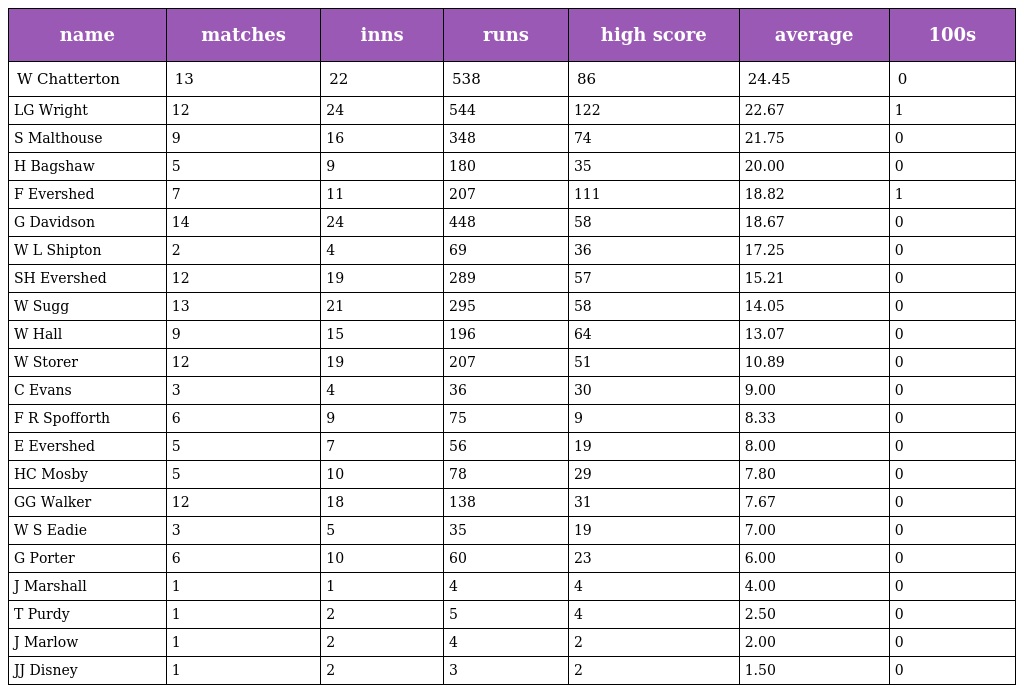
| name | matches | inns | runs | high score | average | 100s |
 | --- | --- | --- | --- | --- | --- | --- |
 | W Chatterton | 13 | 22 | 538 | 86 | 24.45 | 0 |
 | LG Wright | 12 | 24 | 544 | 122 | 22.67 | 1 |
 | S Malthouse | 9 | 16 | 348 | 74 | 21.75 | 0 |
 | H Bagshaw | 5 | 9 | 180 | 35 | 20.00 | 0 |
 | F Evershed | 7 | 11 | 207 | 111 | 18.82 | 1 |
 | G Davidson | 14 | 24 | 448 | 58 | 18.67 | 0 |
 | W L Shipton | 2 | 4 | 69 | 36 | 17.25 | 0 |
 | SH Evershed | 12 | 19 | 289 | 57 | 15.21 | 0 |
 | W Sugg | 13 | 21 | 295 | 58 | 14.05 | 0 |
 | W Hall | 9 | 15 | 196 | 64 | 13.07 | 0 |
 | W Storer | 12 | 19 | 207 | 51 | 10.89 | 0 |
 | C Evans | 3 | 4 | 36 | 30 | 9.00 | 0 |
 | F R Spofforth | 6 | 9 | 75 | 9 | 8.33 | 0 |
 | E Evershed | 5 | 7 | 56 | 19 | 8.00 | 0 |
 | HC Mosby | 5 | 10 | 78 | 29 | 7.80 | 0 |
 | GG Walker | 12 | 18 | 138 | 31 | 7.67 | 0 |
 | W S Eadie | 3 | 5 | 35 | 19 | 7.00 | 0 |
 | G Porter | 6 | 10 | 60 | 23 | 6.00 | 0 |
 | J Marshall | 1 | 1 | 4 | 4 | 4.00 | 0 |
 | T Purdy | 1 | 2 | 5 | 4 | 2.50 | 0 |
 | J Marlow | 1 | 2 | 4 | 2 | 2.00 | 0 |
 | JJ Disney | 1 | 2 | 3 | 2 | 1.50 | 0 |